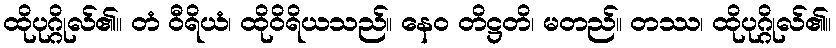
ထိုပုဂ္ဂိုလ်၏။ တံ ဝီရိယံ၊ ထိုဝိရိယသည်။ နေဝ တိဋ္ဌတိ၊ မတည်။ တဿ၊ ထိုပုဂ္ဂိုလ်၏။